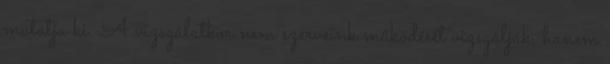
mutatja ki. A vizsgálatkor nem szerveink működését vizsgálják, hanem